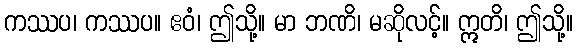
ကဿပ၊ ကဿပ။ ဧဝံ၊ ဤသို့။ မာ ဘဏိ၊ မဆိုလင့်။ ဣတိ၊ ဤသို့။